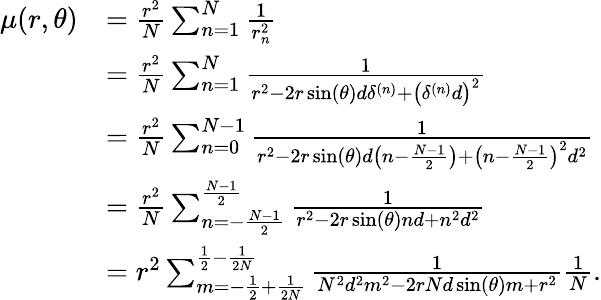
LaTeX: \begin{array}{rl}{\mu(r,\theta)}&{=\frac{r^{2}}{N}\sum_{n=1}^{N}\frac{1}{r_{n}^{2}}}\\ &{=\frac{r^{2}}{N}\sum_{n=1}^{N}\frac{1}{r^{2}-2r\sin(\theta)d\delta^{(n)}+\left(\delta^{(n)}d\right)^{2}}}\\ &{=\frac{r^{2}}{N}\sum_{n=0}^{N-1}\frac{1}{r^{2}-2r\sin(\theta)d\left(n-\frac{N-1}{2}\right)+\left(n-\frac{N-1}{2}\right)^{2}d^{2}}}\\ &{=\frac{r^{2}}{N}\sum_{n=-\frac{N-1}{2}}^{\frac{N-1}{2}}\frac{1}{r^{2}-2r\sin(\theta)nd+n^{2}d^{2}}}\\ &{=r^{2}\sum_{m=-\frac{1}{2}+\frac{1}{2N}}^{\frac{1}{2}-\frac{1}{2N}}\frac{1}{N^{2}d^{2}m^{2}-2rNd\sin(\theta)m+r^{2}}\frac{1}{N}.}\end{array}